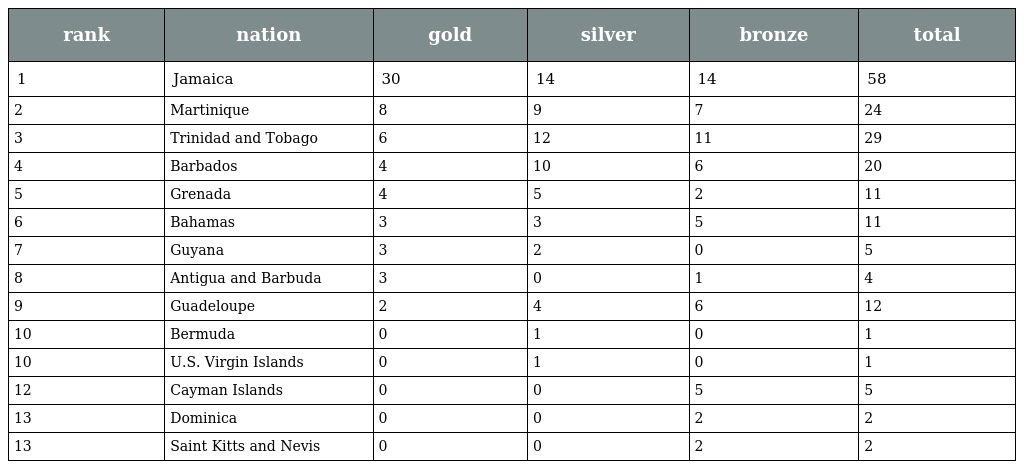
| rank | nation | gold | silver | bronze | total |
 | --- | --- | --- | --- | --- | --- |
 | 1 | Jamaica | 30 | 14 | 14 | 58 |
 | 2 | Martinique | 8 | 9 | 7 | 24 |
 | 3 | Trinidad and Tobago | 6 | 12 | 11 | 29 |
 | 4 | Barbados | 4 | 10 | 6 | 20 |
 | 5 | Grenada | 4 | 5 | 2 | 11 |
 | 6 | Bahamas | 3 | 3 | 5 | 11 |
 | 7 | Guyana | 3 | 2 | 0 | 5 |
 | 8 | Antigua and Barbuda | 3 | 0 | 1 | 4 |
 | 9 | Guadeloupe | 2 | 4 | 6 | 12 |
 | 10 | Bermuda | 0 | 1 | 0 | 1 |
 | 10 | U.S. Virgin Islands | 0 | 1 | 0 | 1 |
 | 12 | Cayman Islands | 0 | 0 | 5 | 5 |
 | 13 | Dominica | 0 | 0 | 2 | 2 |
 | 13 | Saint Kitts and Nevis | 0 | 0 | 2 | 2 |